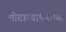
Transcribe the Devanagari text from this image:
मोटारवाहनाच्या